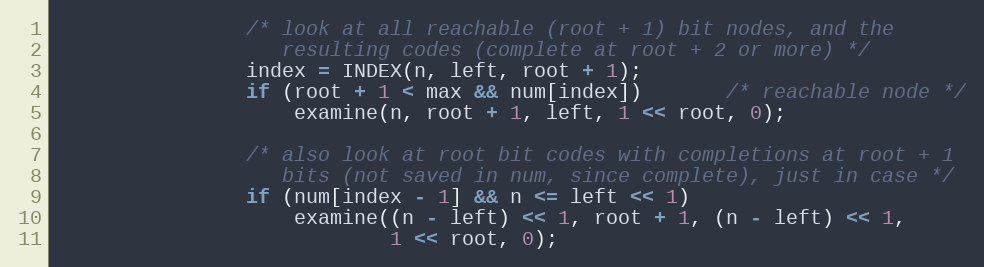
Language: C
                /* look at all reachable (root + 1) bit nodes, and the
                   resulting codes (complete at root + 2 or more) */
                index = INDEX(n, left, root + 1);
                if (root + 1 < max && num[index])       /* reachable node */
                    examine(n, root + 1, left, 1 << root, 0);

                /* also look at root bit codes with completions at root + 1
                   bits (not saved in num, since complete), just in case */
                if (num[index - 1] && n <= left << 1)
                    examine((n - left) << 1, root + 1, (n - left) << 1,
                            1 << root, 0);